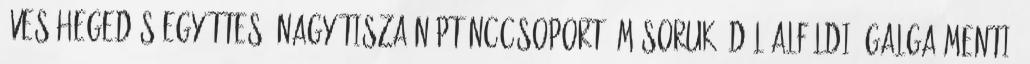
éves Hegedűs Együttes. Nagy Tisza néptánccsoport: Műsoruk: dél-alföldi, galga-menti,